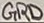
Text: GRD